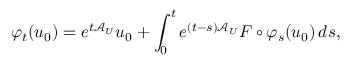
\varphi _ { t } ( u _ { 0 } ) = e ^ { t \mathcal { A } _ { U } } u _ { 0 } + \int _ { 0 } ^ { t } e ^ { ( t - s ) \mathcal { A } _ { U } } F \circ \varphi _ { s } ( u _ { 0 } ) \, d s ,